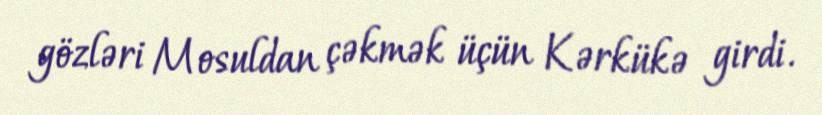
gözləri Mosuldan çəkmək üçün Kərkükə girdi.